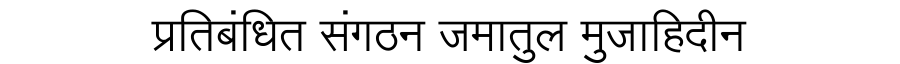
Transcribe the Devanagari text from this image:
प्रतिबंधित संगठन जमातुल मुजाहिदीन